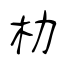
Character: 朸